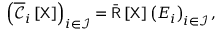
\left( \overline { { \boldsymbol { \mathscr { C } } } } _ { i } \left[ \mathsf { X } \right] \right) _ { i \in \mathcal { I } } = \bar { \mathsf { R } } \left[ \mathsf { X } \right] \left( \boldsymbol { E } _ { i } \right) _ { i \in \mathcal { I } } ,